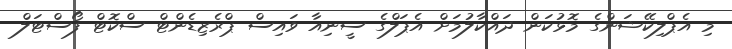
މި އެޕްލިކޭޝަންގެ މޮޅުކަން ދައްކާލުމަށް އެޕަލްގެ ސީނިއާ ވައިސް ޕްރެޒިޑެންޓް ސްކޮޓް ފޯސްޓަލް